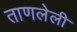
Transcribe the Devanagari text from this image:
ताणलेली